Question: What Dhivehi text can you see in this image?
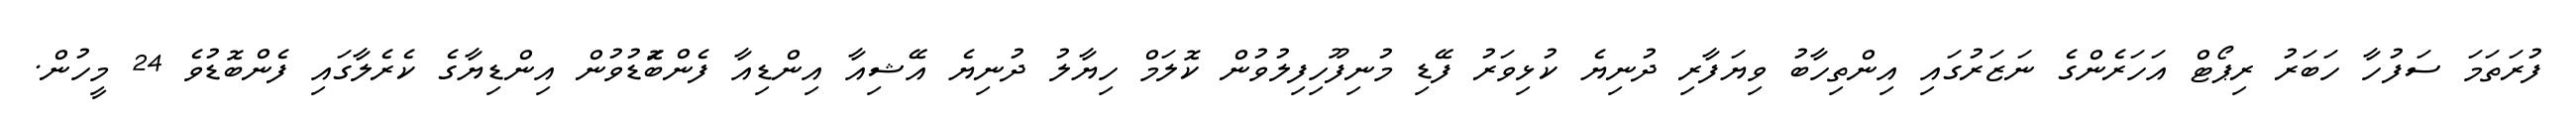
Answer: ފުރަތަމަ ސަފުހާ ހަބަރު ރިޕޯޓް އަހަރެންގެ ނަޒަރުގައި އިންތިހާބު ވިޔަފާރި ދުނިޔެ ކުޅިވަރު ފޭޑި މުނިފޫހިފިލުވުން ކޮލަމް ހިޔާލު ދުނިޔެ އޭޝިއާ އިންޑިއާ ފެންބަޮޑުވުން އިންޑިޔާގެ ކެރެލާގައި ފެންބޮޑުވެ 24 މީހުން.